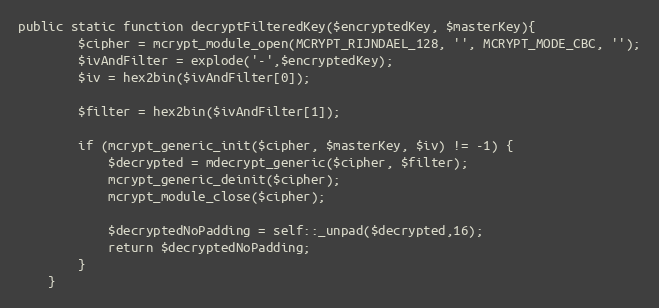
Language: PHP
public static function decryptFilteredKey($encryptedKey, $masterKey){
        $cipher = mcrypt_module_open(MCRYPT_RIJNDAEL_128, '', MCRYPT_MODE_CBC, '');
        $ivAndFilter = explode('-',$encryptedKey);
        $iv = hex2bin($ivAndFilter[0]);

        $filter = hex2bin($ivAndFilter[1]);

        if (mcrypt_generic_init($cipher, $masterKey, $iv) != -1) {
            $decrypted = mdecrypt_generic($cipher, $filter);
            mcrypt_generic_deinit($cipher);
            mcrypt_module_close($cipher);

            $decryptedNoPadding = self::_unpad($decrypted,16);
            return $decryptedNoPadding;
        }
    }